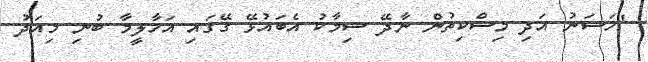
"ހަސަނު އަދި މިސްކިތުން ނާދޭ ސިމާކު އެބައުޅޭ ގޭގައި އަހާލީމާ ބުނި މިއަދު